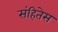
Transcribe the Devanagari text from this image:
संहितेस